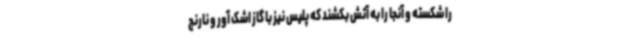
را شکسته و آنجا را به آتش بکشند که پلیس نیز با گاز اشک آور و نارنج